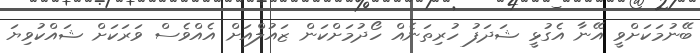
ބޭނުމަކަށްވީ އޭނާ އެގުޅީ ޝަދަފު ހުރިތަނެއް ހޯދުމަށްކަން ޒައުލްއަށް އެއްވެސް ވަރަކަށް ޝައްކުވިޔަ